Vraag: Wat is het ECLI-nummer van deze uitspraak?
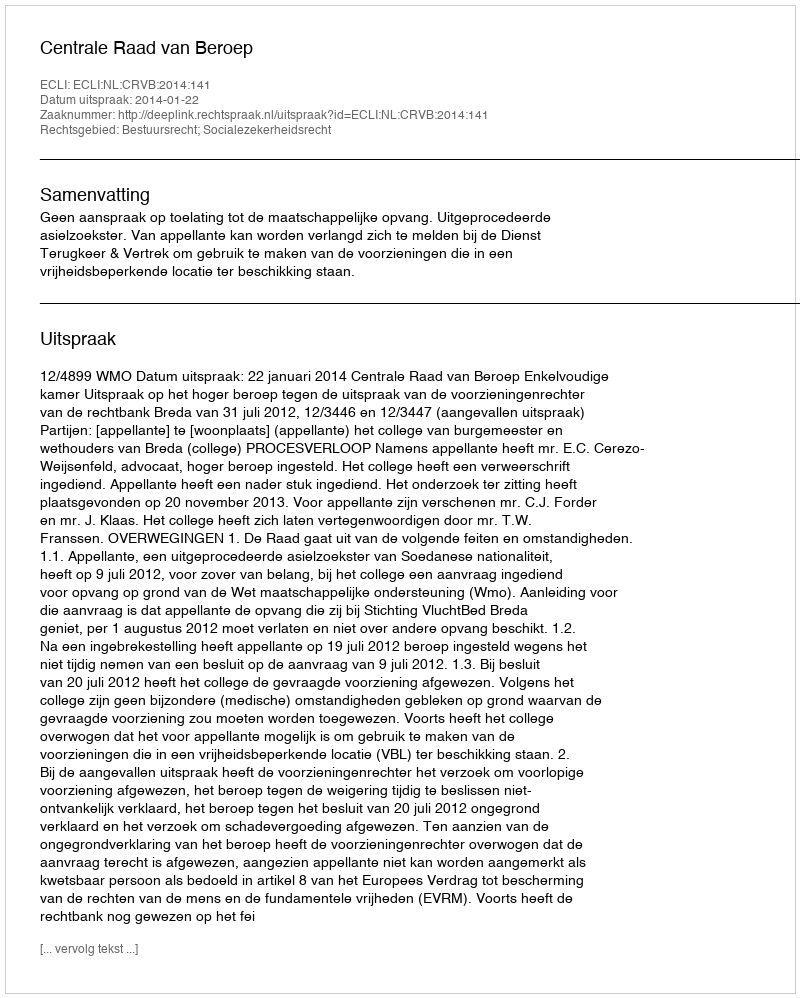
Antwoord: ECLI:NL:CRVB:2014:141